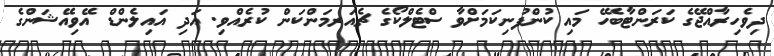
ދިވެހިރާއްޖޭގެ ކަރަންޓާބެހޭ މައި ކުންފުނިކަމަށްވާ ސްޓެލްކޯގެ ޗެއަރމަންކަން ކުރެއްވި. އަދި އައިލެންޑް އޭވިއޭޝަންގެ